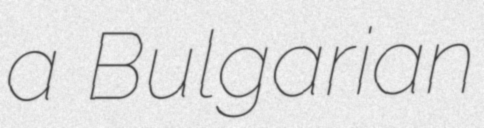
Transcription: a Bulgarian